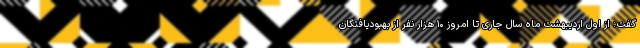
گفت: از اول اردیبهشت ماه سال جاری تا امروز ۱۰ هزار نفر از بهبودیافتگان